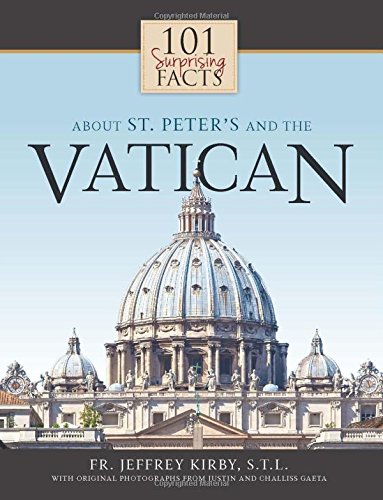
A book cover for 101 Surprising Facts About St. Peter's and the Vatican; Rev. Fr. Jeffrey Kirby S.T.L.; Christian Books & Bibles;